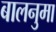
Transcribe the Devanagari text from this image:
बालनुमा